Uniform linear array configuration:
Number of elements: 16
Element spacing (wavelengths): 1
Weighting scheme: uniform
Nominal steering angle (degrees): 15
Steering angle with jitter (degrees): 16.708
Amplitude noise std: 0.05
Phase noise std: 0.05

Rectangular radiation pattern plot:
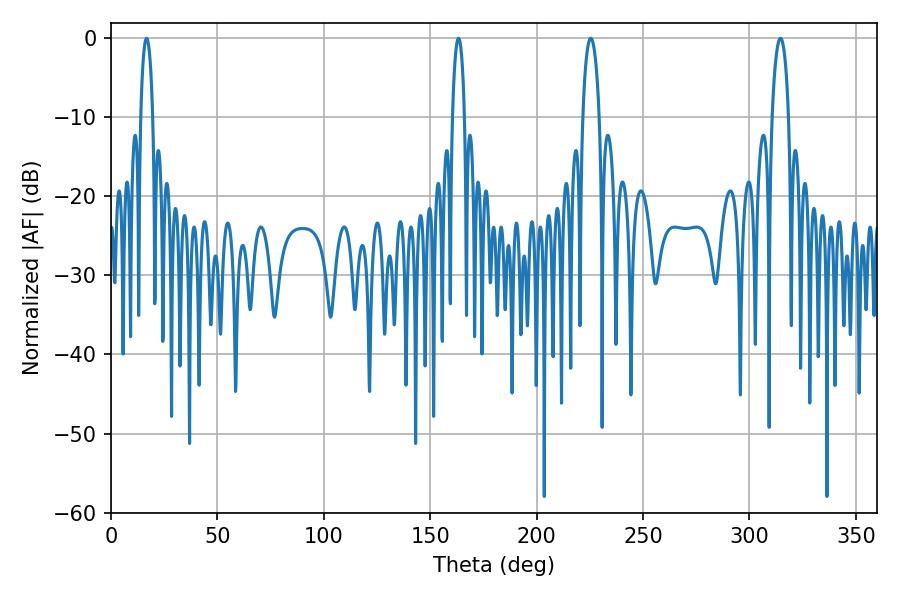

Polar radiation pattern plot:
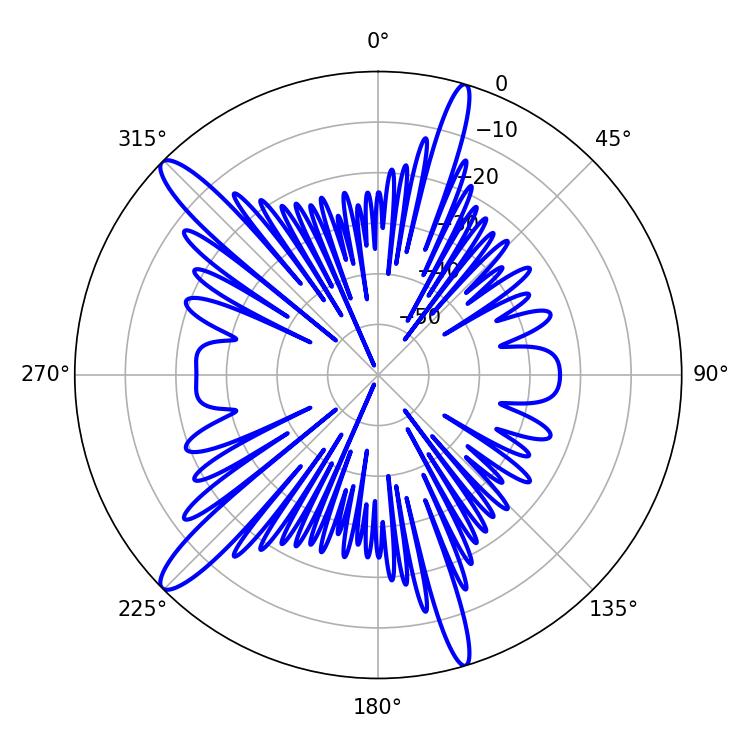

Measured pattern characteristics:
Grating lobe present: TRUE
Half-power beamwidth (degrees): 3.24
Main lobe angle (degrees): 16.74